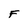
Character: F